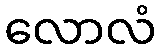
လောလံ